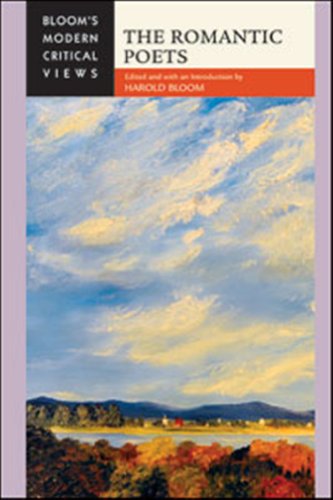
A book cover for The Romantic Poets (Bloom's Modern Critical Views); Teen & Young Adult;